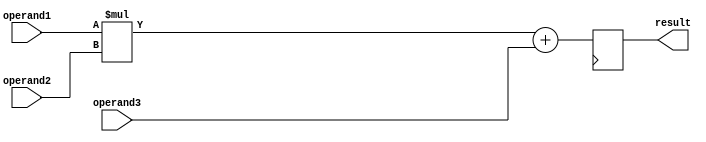
module fused_multiply_add (
    input [31:0] operand1,
    input [31:0] operand2,
    input [31:0] operand3,
    output reg [31:0] result
);

reg [31:0] product;
reg [31:0] sum;

always @(posedge clk) begin
    product = operand1 * operand2;
    sum = product + operand3;
    result = sum;
end

endmodule